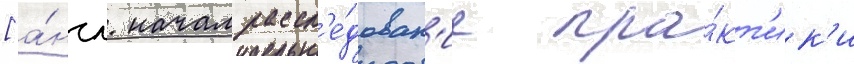
[а́нгл. начал рассл'е́дован'ие пра́кт'ик'и